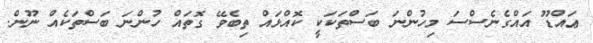
ޢައްޑޫ އައްގެނެސްސަ މިހުންނަ ބަސްތަކަކީ ކޮއްޅައް ތިބެވޭ ގޮތައް ހުންނަ ބަސްތަކެއް ނޫން.